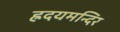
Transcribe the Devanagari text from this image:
ह्रदयमन्दिर